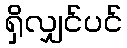
ရှိလျှင်ပင်